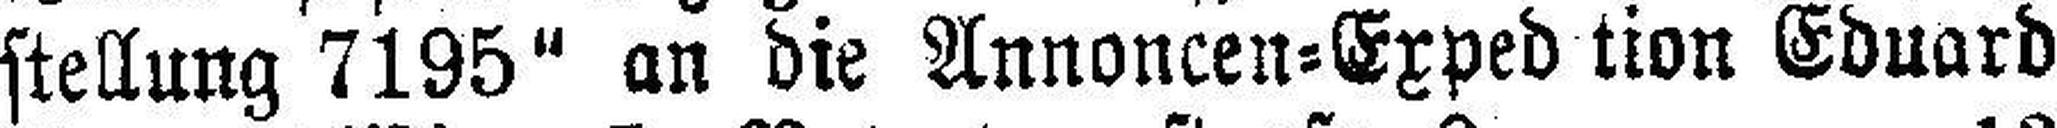
stellung 7195“ an die Annoncen=Exped tion Eduard